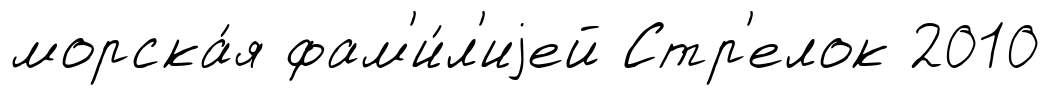
морска́я фам'и́л'иjей Стр'елок 2010